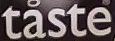
taste